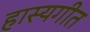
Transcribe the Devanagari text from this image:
हास्यगीत